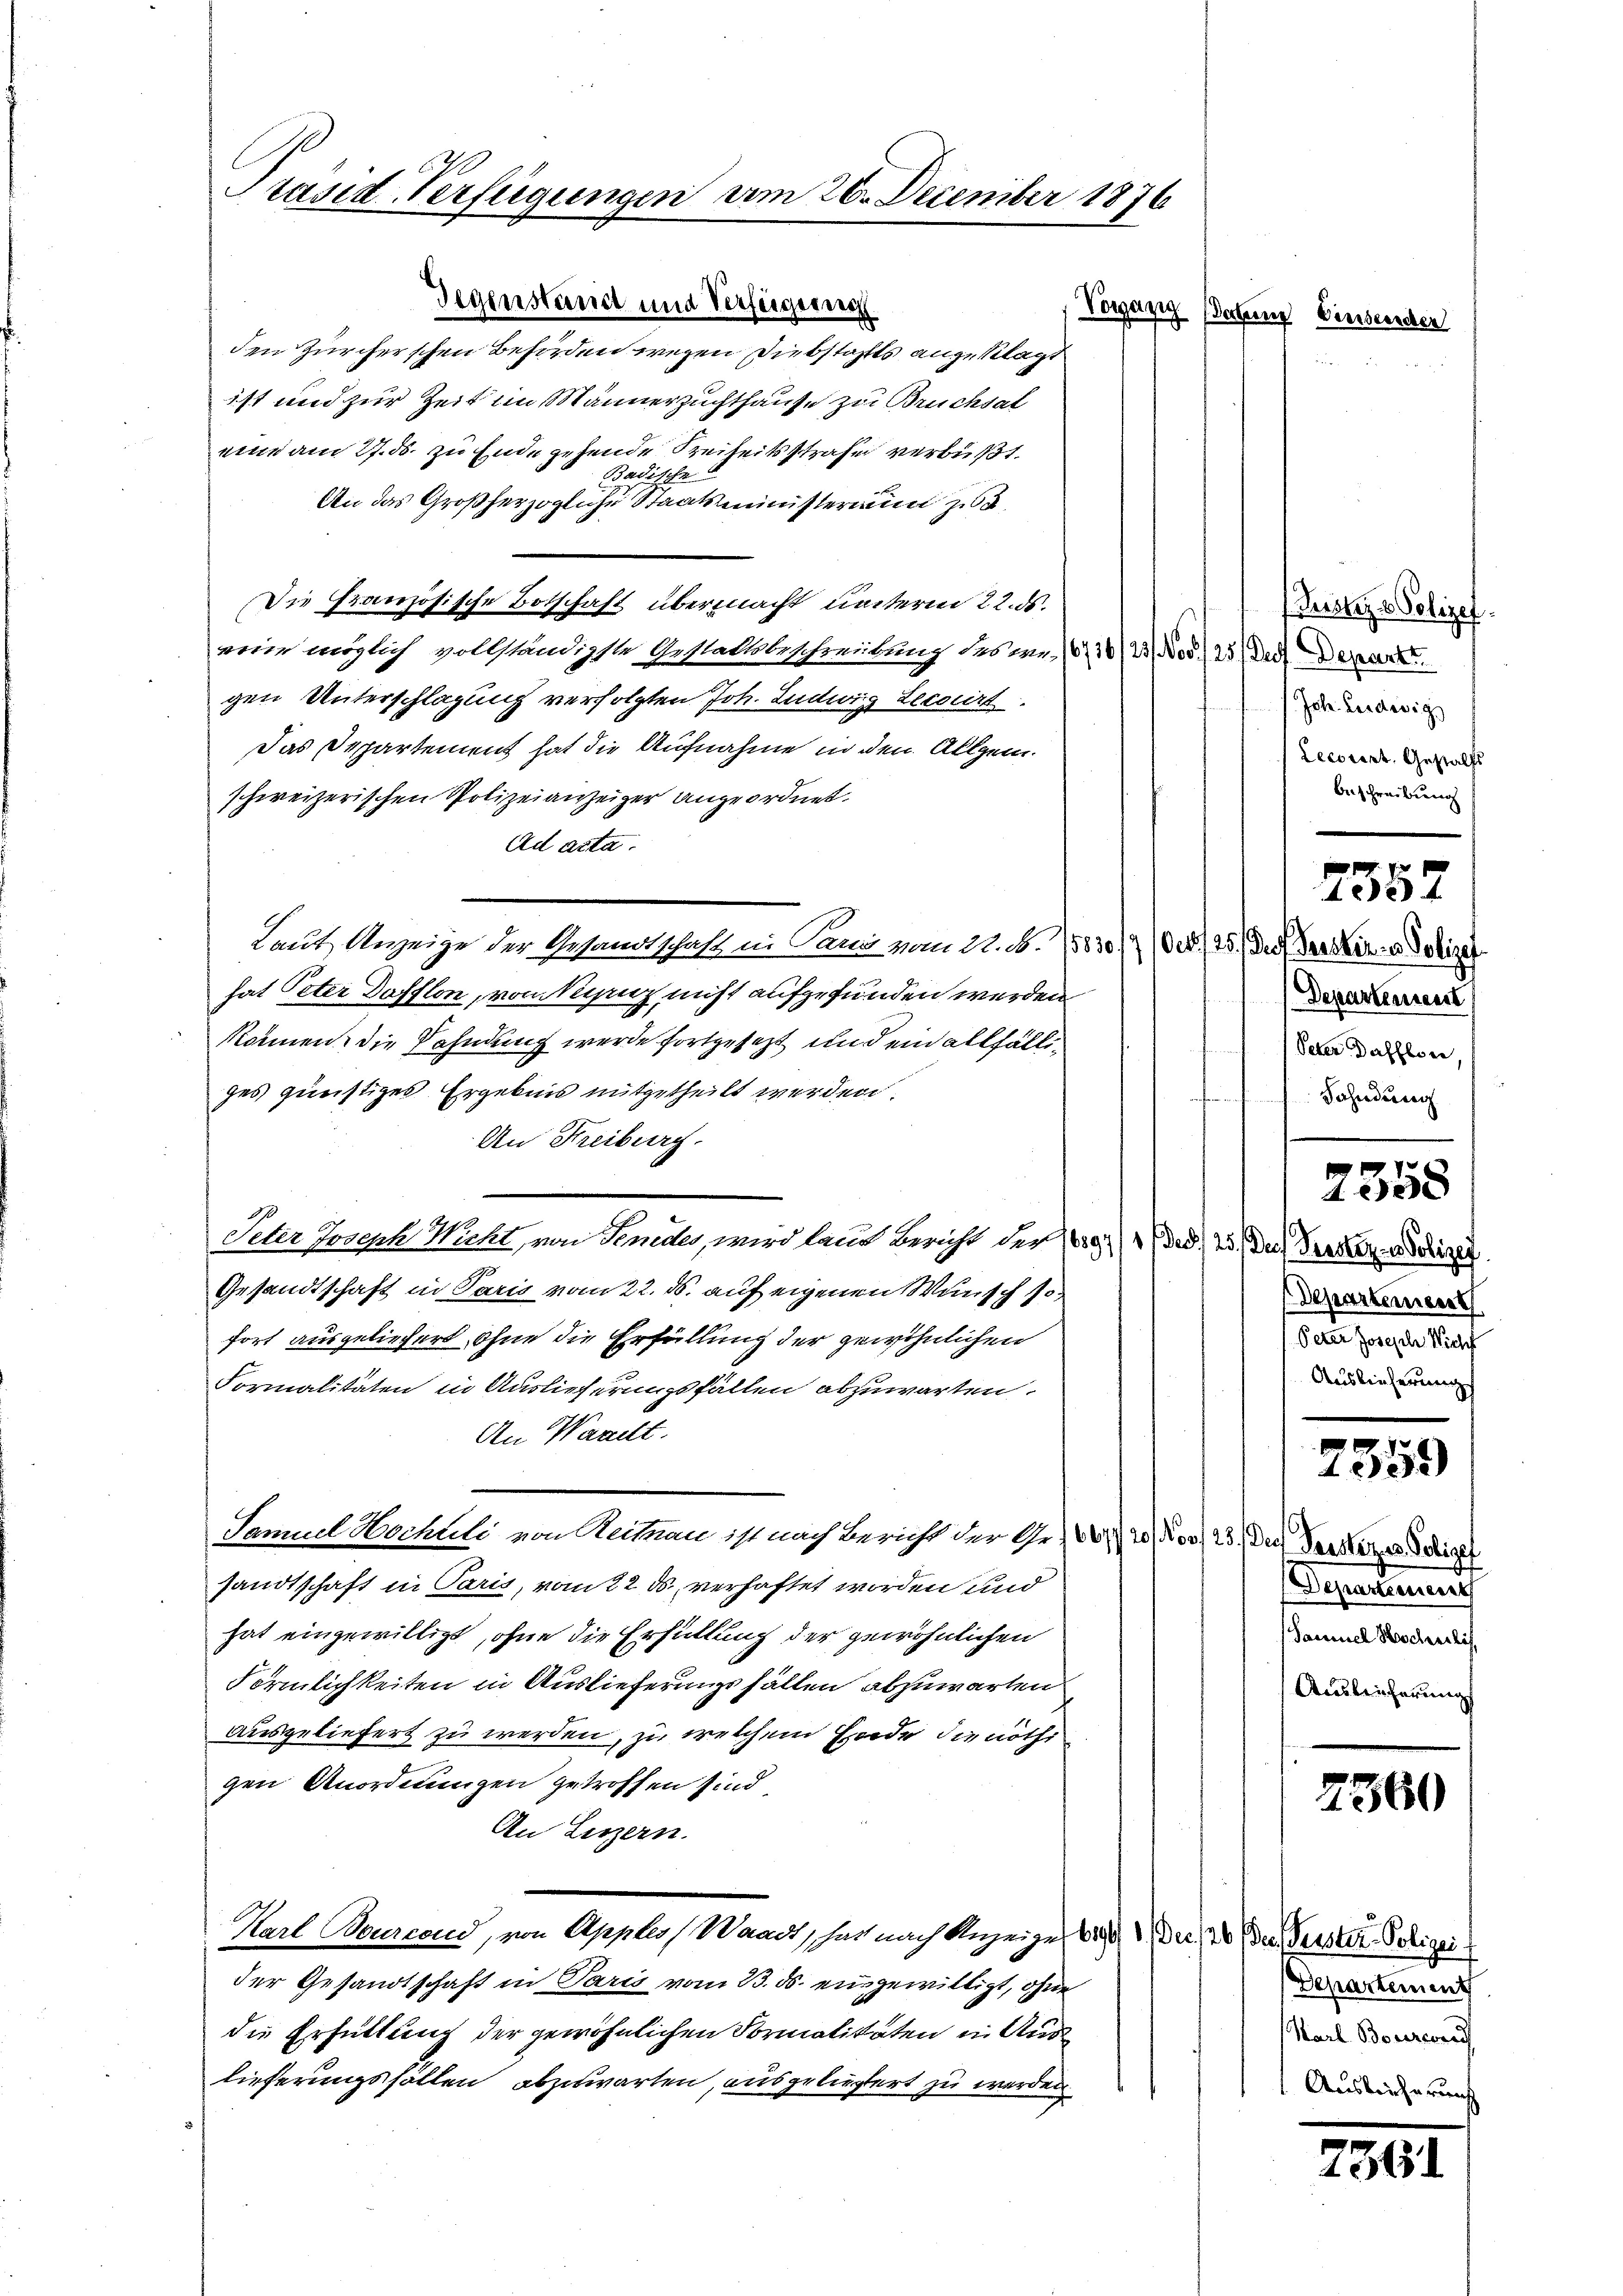
Präsid. Verfügungen am 26. December 1876

Gegenstandt und Verfügen.
den Zürcherschen Behörden wegen Diebstahls angeklagt
ist und zur Zeit im Männersuchthause zu Bruchsal
eine am 27. ds. zu Ende gehende Freiheitsstrafe verbüßt.
Badische
An das Großherzogliche Staatsministerium zu
Die Französische Botschaft übermacht unterm 22. ds.
eine möglich vollständigste Gestaltsbeschreibung des an. 1810, 21. No 25) Die Depart
gen Unterschlagung verfolgten Joh. Ludwig Lecirt.
Das Departement hat die Aufnahme in den Allgem.
schweizerischen Polizeianzeiger angeordnet.
Ad acta.
Laut Anzeige der Gesandtschaft in Pand vom 22. N. 283 S. 25. des
hat Peter Dafflon, von Manz nicht aufgefunden werden
Normen die Zahndung werde fortgesetzt und ein allfälliges günstiges Ergebnis mitgetheilt werden.
An Streiburg.
Seter Joseph Nicht, von Sendes, wird laut Bericht der 180.) " (ded. 23. Der Prakter u. seiner
Gesandtschaft in Paris vom 22. ds. auf eigenen Wunsch so
fort ausgeliefert, ohne die Erfüllung der gewöhnlichen
Formalitäten in Auslieferungsfällen abzuwarten.
An Waadt.
Samuel Hochteli von Reitnau ist nach Bericht der Ges. 20. Nov. 23. Die erker die
sandtschaft in Paris, vom 22 ds, verhaftet worden und
hat eingewilligt, ohne die Erfüllung der gewöhnlichen
Förmlichkeiten in Auslieferungsfällen abzuwarten
ausgeliefert zu werden, zu welchem Ende die nöthigen Anordnungen getroffen sind
An Luzern.
Karl Bourrond, von Appler (Waadt, hat nach Anzeige des Dr. Wo der Verster Polizeider Gesandtschaft in Paris vom 23. ds. eingewilligt, ohne
die Erhüttung der gewöhnlichen Formalitäten in Aus
lieferungsfällen abzuwarten, ausgeliefert zu werden

Vorgäzig Verbring Einsenscher

(Justiz & Polizei
/Joh. Ludwig
Lecorirt, Gestalfs
Beschreibung

7357

ersten u. Polize
Departement
Peter Dafflor
Sahndung

2358

Departement
Peter Joseph Wich
Auslieferung

7
7559

Departement
Sacernel Hochverläs
Austricherung

2360

Departement
Karl Boverwand
Auslieferung

286.